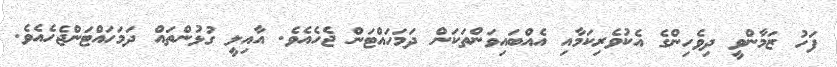
ފަހު ޒަމާންވީ ދިވެހިންގެ އެކުވެރިކަމާއި އެއްބައިވަންތަކަން ދަމަހައްޓަން ޖެހެއެވެ. އާއިލީ ގުޅުންތައް ދަމަހައްޓަންޖެހެއެވެ.